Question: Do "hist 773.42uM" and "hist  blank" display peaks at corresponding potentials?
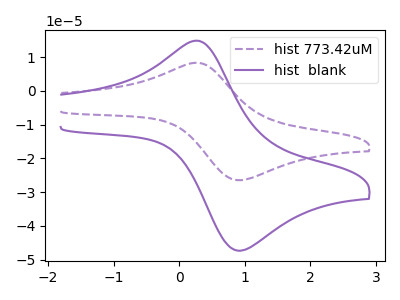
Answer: <think>The purple dashed curve "hist 773.42uM" has an anodic peak at (0.25V, 8.30uA) and a cathodic peak at (1.00V, -26.40uA). The purple curve "hist  blank" has an anodic peak at (0.25V, 14.85uA) and a cathodic peak at (1.00V, -47.15uA).</think>
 <answer>Yes, "hist 773.42uM" have a peak in "hist  blank" at the same potential.</answer>
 <eval>match</eval>